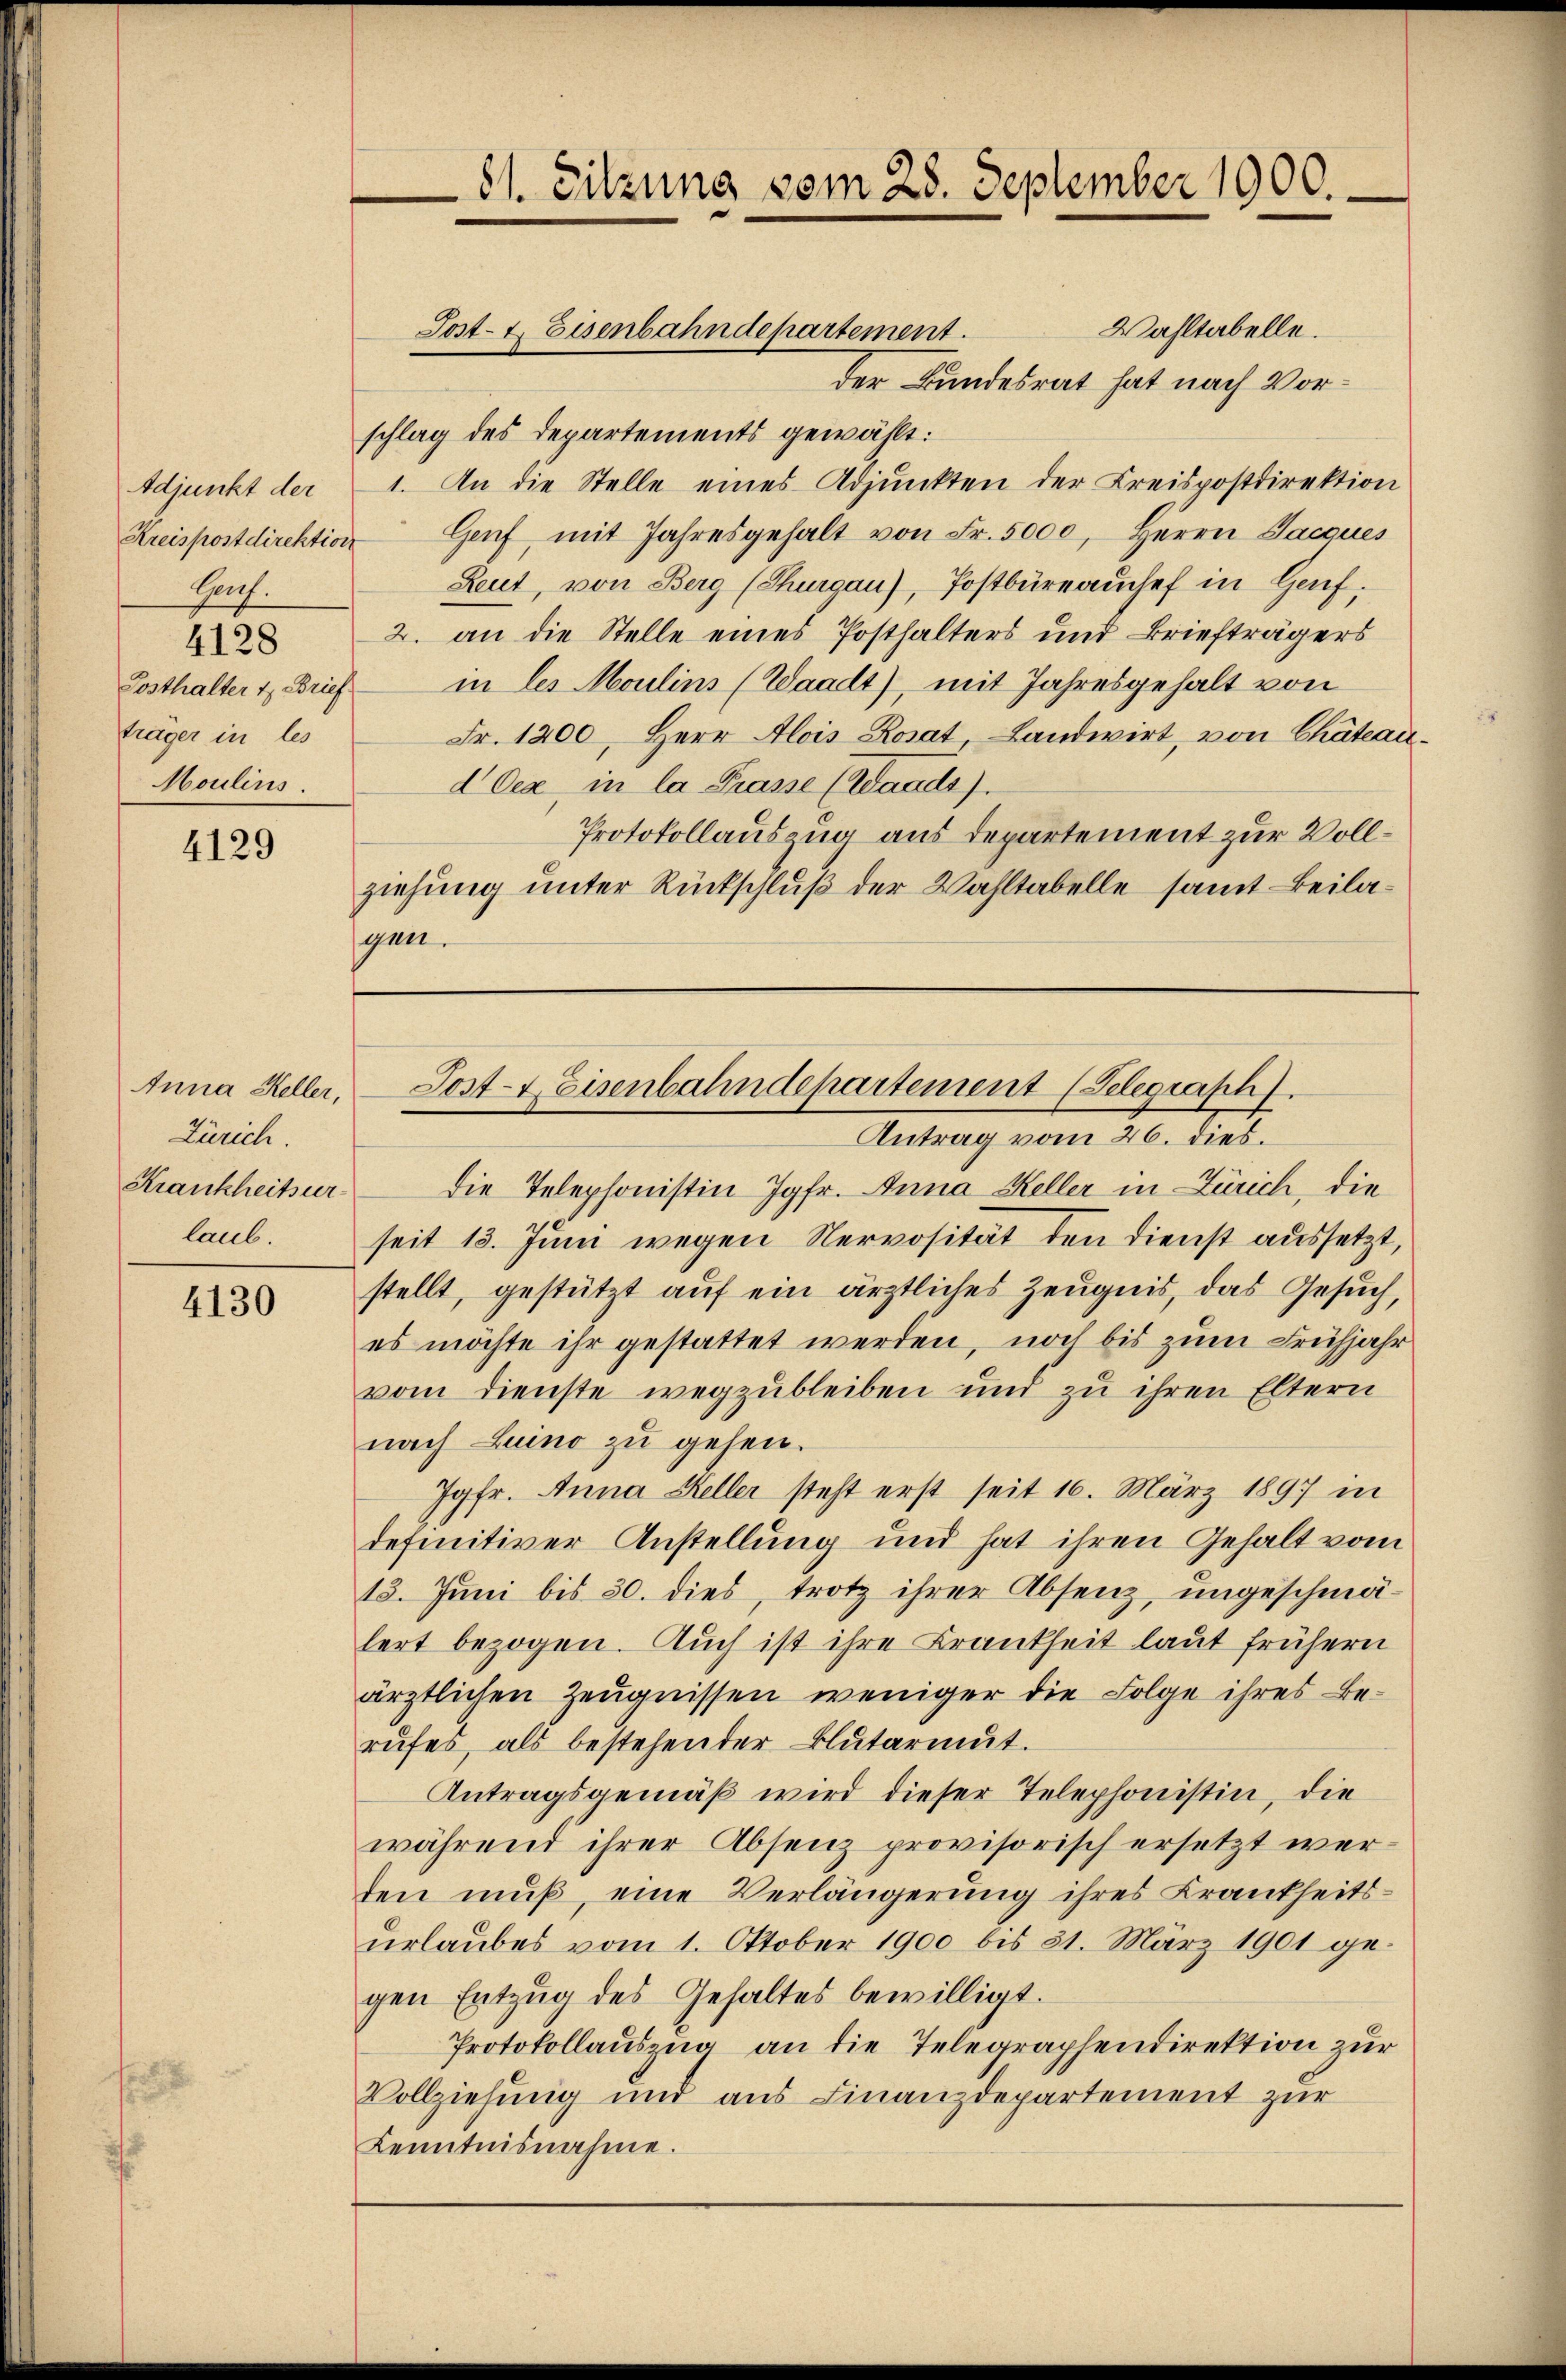
Kreispostdirektion
Hach.
4128
Posthalter 4. Brief
träger in les
Moulins.

4129

Anna Keller,
Zürich.
laub.

4130

Wahltabelle.
der Bundesrat hat nach Vorschlag des Departements gewählt:
Adjunkt der 1. An die Stelle eines Adjunkten der Kreispostdirektion
Genf, mit Jahresgehalt von Fr. 5000, Herrn Jacques
Leut, von Berg (Thurgau), Postbüreaŭchef in Genf,
2. an die Stelle eines Posthalters und Briefträgers
in les Moulins (Waadt), mit Jahresgehalt von
Fr. 1200. Herr Alois Rosat, Landwirt, von Chateaud Oex, in la Prasse (Lands
Protokollauszug aus Departement zur Vollziehung unter Rückschluß der Wahltabelle samt Beilagen.

Krankheitsur die Telephonistin Jgfr. Anna Keller in Zürich, die
seit 13. Juni wegen Nervosität den Dienst aussetzt,
stellt, gestützt auf ein ärztliches Zeugnis, das Gesuch,
es möchte ihr gestattet werden, noch bis zum Frühjahr
vom Dienste wegzubleiben und zu ihren Eltern
nach Luino zu gehen.
Jgfr. Anna Keller steht erst seit 16. März 1897 in
definitiver Anstellung und hat ihren Gehalt vom
13. Juni bis 30. dies, trotz ihrer Absenz, ungeschmälert bezogen. Auch ist ihre Krankheit laut frühern
ärztlichen Zeugnissen weniger die Folge ihres Berŭfes, als bestehender Blutarmŭt.
Antragsgemäß wird dieser Telephonistin, die
während ihrer Absenz provisorisch ersetzt werten muß, eine Verlängerung ihres Krankheitsurlaubes vom 1. Oktober 1900 bis 31. März 1901 gegen Entzug des Gehaltes bewilligt.
Protokollauszug an die Telegraphendirektion zur
Vollziehung und aus Finanzdepartement zur
Kenntnisnahme.

81. Sitzung vom 28. September 1900.

Post- & Eisenbahndepartement.

Post-Keisenbahndepartement (Telegraph).
Antrag vom 26. dies.